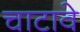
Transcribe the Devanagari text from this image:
चाटावे